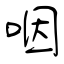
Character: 咽